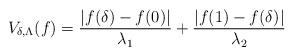
LaTeX: \begin{align*}V_{\delta, \Lambda}(f)=\frac{|f(\delta)-f(0)|}{\lambda_1}+\frac{|f(1)-f(\delta)|}{\lambda_2}\end{align*}